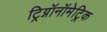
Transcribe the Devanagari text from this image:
ट्रिग्नॉनॉमेट्रिक